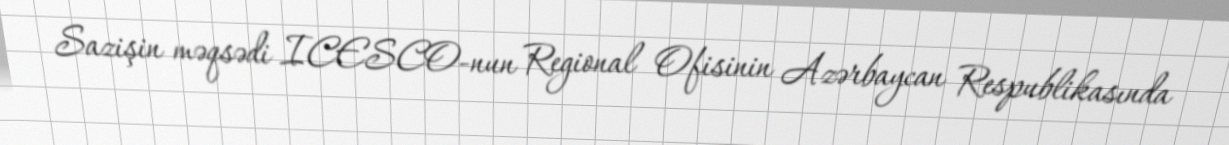
Sazişin məqsədi ICESCO-nun Regional Ofisinin Azərbaycan Respublikasında